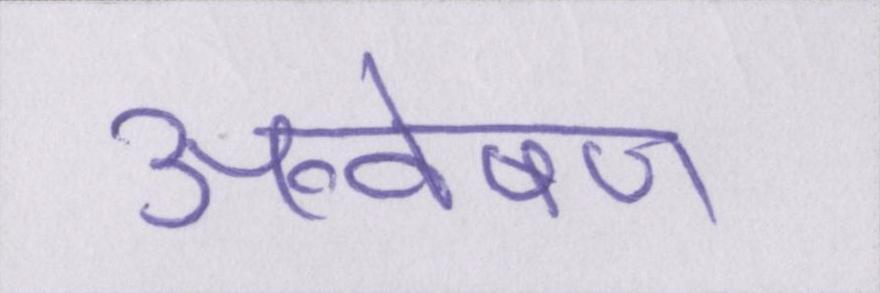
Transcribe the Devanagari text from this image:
अन्वेषण